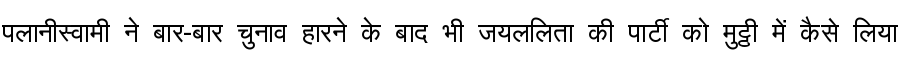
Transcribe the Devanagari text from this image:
पलानीस्वामी ने बार-बार चुनाव हारने के बाद भी जयललिता की पार्टी को मुट्ठी में कैसे लिया